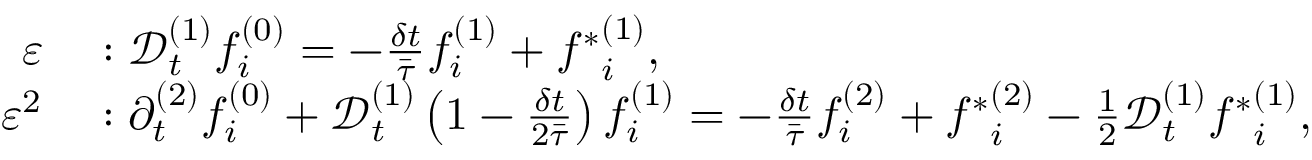
\begin{array} { r l } { \varepsilon } & { { } : \mathcal { D } _ { t } ^ { ( 1 ) } f _ { i } ^ { ( 0 ) } = - \frac { \delta t } { \bar { \tau } } f _ { i } ^ { ( 1 ) } + { f ^ { * } } _ { i } ^ { ( 1 ) } , } \\ { \varepsilon ^ { 2 } } & { { } : \partial _ { t } ^ { ( 2 ) } f _ { i } ^ { ( 0 ) } + \mathcal { D } _ { t } ^ { ( 1 ) } \left( 1 - \frac { \delta t } { 2 \bar { \tau } } \right) f _ { i } ^ { ( 1 ) } = - \frac { \delta t } { \bar { \tau } } f _ { i } ^ { ( 2 ) } + { f ^ { * } } _ { i } ^ { ( 2 ) } - \frac { 1 } { 2 } \mathcal { D } _ { t } ^ { ( 1 ) } { f ^ { * } } _ { i } ^ { ( 1 ) } , } \end{array}